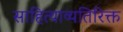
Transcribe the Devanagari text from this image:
साहित्याव्यतिरिक्त